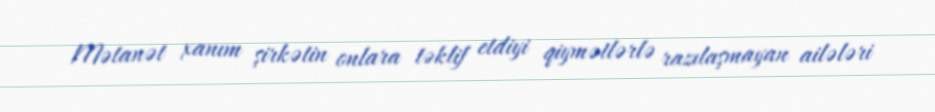
Mətanət xanım şirkətin onlara təklif etdiyi qiymətlərlə razılaşmayan ailələri